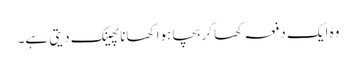
وہ ایک دفعہ کھا کر بچا ہوا کھانا پھینک دیتی ہے۔